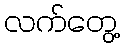
လက်တွေ့